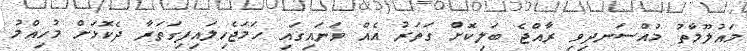
މައުލޫމާތު މުއްސަނދިވި ރާއްޖެ ބަލިކޮށް ގަތަރު އެއް ވަނައިގައި ހަަަމަޖެހިލައިފިގަތަރާ ދެކޮޅަށް މުހިއްމު